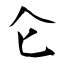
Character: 仑